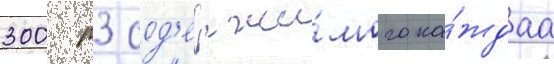
300 м3 сод'ержи́мого ка́ждаа